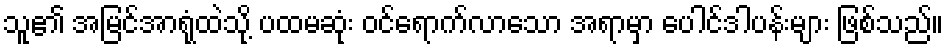
သူ၏ အမြင်အာရုံထဲသို့ ပထမဆုံး ဝင်ရောက်လာသော အရာမှာ ပေါင်ဒါပန်းများ ဖြစ်သည်။